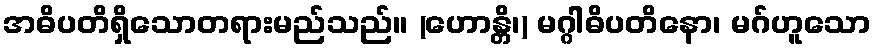
အဓိပတိရှိသောတရားမည်သည်။ (ဟောန္တိ၊) မဂ္ဂါဓိပတိနော၊ မဂ်ဟူသော